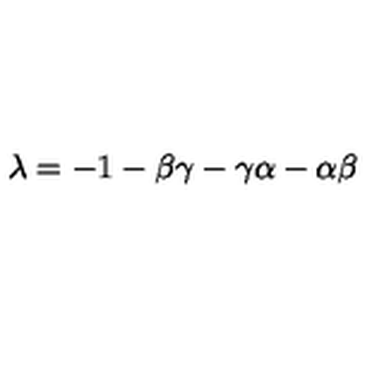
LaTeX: \lambda = - 1 - \beta \gamma - \gamma \alpha - \alpha \beta